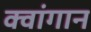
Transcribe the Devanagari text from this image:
क्वांगान